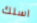
اسلك